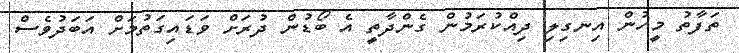
ތަފާތު މީހުން އިނގިލި ދިއްކުރަމުން ގެންދާތީ އެ ބޯޑުން ދުރަށް ވަޑައިގަތުމަށް އަބަދުވެސް